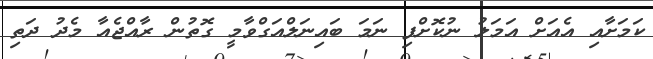
ކަމަށާއި އެއަށް އަމަލު ނުކޮށްފި ނަމަ ބައިނަލްއަގްވާމީ ގޮތުން ރާއްޖެއާ މެދު ދަތި